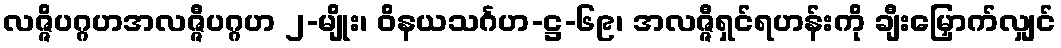
လဇ္ဇိပဂ္ဂဟအလဇ္ဇီပဂ္ဂဟ ၂-မျိုး၊ ဝိနယသင်္ဂဟ-ဋ္ဌ-၆၉၊ အလဇ္ဇီရှင်ရဟန်းကို ချီးမြှောက်လျှင်